Lunatic asylums Madras 1892-1911 - 1892-1911
Year: 1892
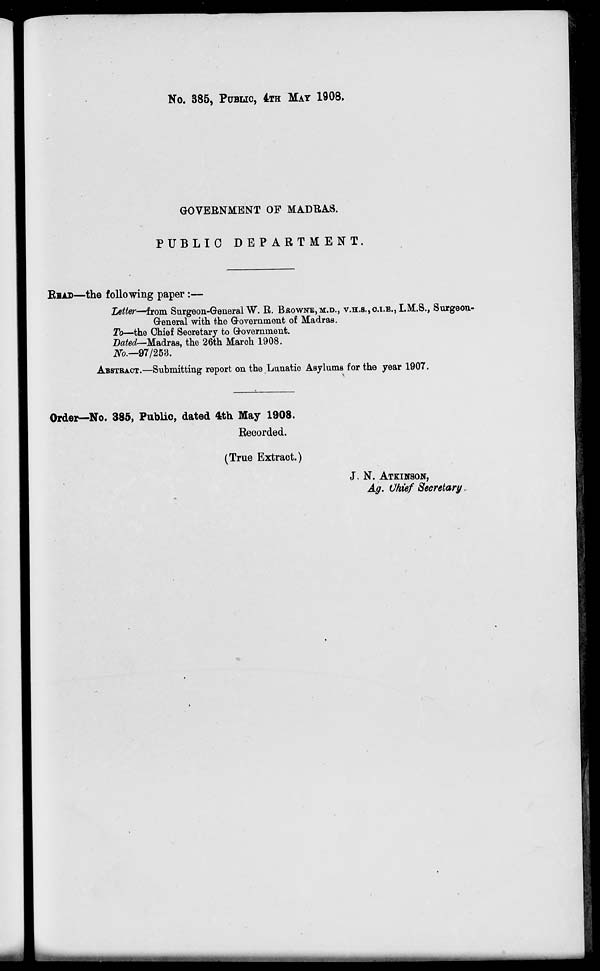
No. 385, PUBLIC, 4TH MAY 1908.
GOVERNMENT OF MADRAS.
PUBLIC DEPARTMENT.
READ—the following paper :—
Letter—from Surgeon-General W. R. BAOWNB,M.D., V.BL.S.,O.I.B., I.M.S., Surgeon-
General with the Government of Madras.
To—the Chief Secretary to Government.
Datedr-Madras, the 26th March 1908.
No.—97/258.
ABSTRACT.—Submitting report on the Lunatic Asylums for the year 1907.
Order—No. 385, Public, dated 4th May 1908.
Recorded.
(True Extract.)
J\ N. ATKINSON,
Ag. Ohief Secretary,
I
■